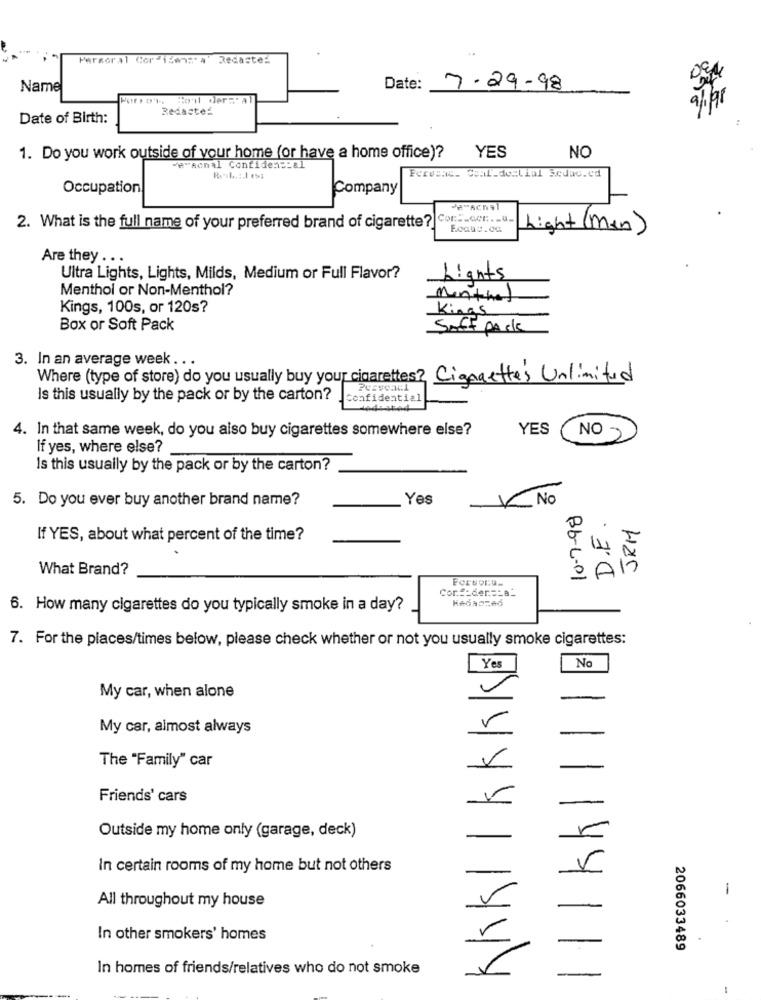
Percoral Cor isenn'a' Redaste:
Name
Date:
7-29.98
9/98
Redacted
Date of Birth:
1. Do you work outside of your home (or have a home office)?
YES
NO
"#"Ronal Confidencial
Fervent. Seal.de.Lial Seduc.ed
Occupation
Company
Con :- com .- u.
2. What is the full name of your preferred brand of cigarette?
Light (Man)
Are they ...
Ultra Lights, Lights, Milds, Medium or Full Flavor?
Lights
Menthol or Non-Menthol?
Menthat
Kings, 100s, or 120s?
Kings
Box or Soft Pack
Soft pack
3. In an average week . .
Where (type of store) do you usually buy your cigarettes? Cigarettes Unlimited
Is this usually by the pack or by the carton?
Confidential
4. In that same week, do you also buy cigarettes somewhere else?
YES
NO
If yes, where else?
Is this usually by the pack or by the carton?
5. Do you ever buy another brand name?
Yes
V No
JRM
If YES, about what percent of the time?
14
What Brand?
A
Bb-L-01
CorE-der =_ a_
6. How many cigarettes do you typically smoke in a day?
7. For the places/times below, please check whether or not you usually smoke cigarettes:
No
Yes
My car, when alone
My car, almost always
The "Family" car
|k||
Friends' cars
Outside my home only (garage, deck)
In certain rooms of my home but not others
-
All throughout my house
In other smokers' homes
2066033489
In homes of friends/relatives who do not smoke